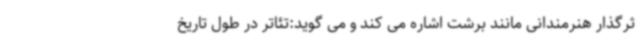
ثرگذار هنرمندانی مانند برشت اشاره می کند و می گوید:تئاتر در طول تاریخ